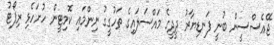
ޖޭއެސްސީން ބުނީ ފަނޑިޔާރު ދީދީގެ މައްސަލައިގެ ތަހުގީގު ނިންމައި ކޮމިޓީން ހުށަހެޅި ރިޕޯޓު